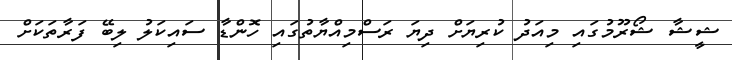
ޝީޝާ ޝޯރޫމުގައި މިއަދު ކުރިޔަށް ދިޔަ ރަސްމިއްޔާތުގައި ހޮންޑާ ސައިކަލު ލިބޭ ފަރާތަކަށް